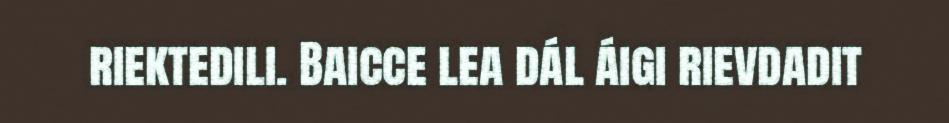
riektedili. Baicce lea dál áigi rievdadit